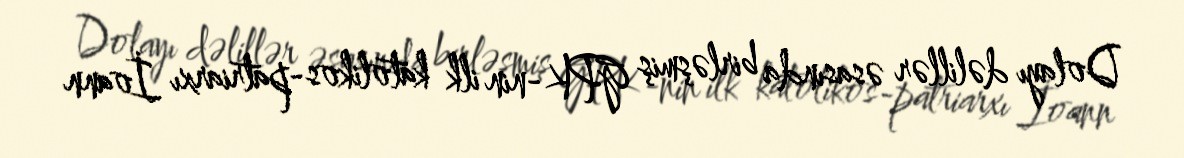
Dolayı dəlillər əsasında birləşmiş GPK-nin ilk katolikos-patriarxı İoann